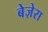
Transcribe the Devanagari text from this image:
बेज़ेरा